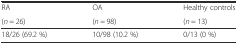
| RA | OA | Healthy controls |
 | (n = 26) | (n = 98) | (n = 13) |
 | --- | --- | --- |
 | 18/26 (69.2 %) | 10/98 (10.2 %) | 0/13 (0 %) |